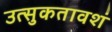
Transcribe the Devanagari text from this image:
उत्‍सुकतावशं